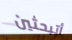
أتبحثين